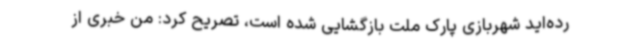
رده‌اید شهربازی پارک ملت بازگشایی شده است، تصریح کرد: من خبری از